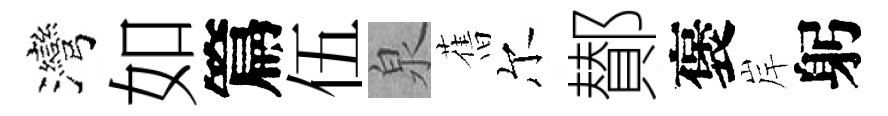
灣如篇伍泉𦾔尔鄼褒岸躬